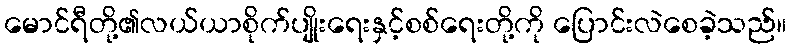
မောင်ရီတို့၏လယ်ယာစိုက်ပျိုးရေးနှင့်စစ်ရေးတို့ကို ပြောင်းလဲစေခဲ့သည်။